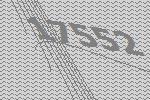
17552